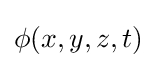
\phi (x,y,z,t)